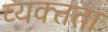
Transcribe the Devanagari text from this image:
व्यक्त्तता